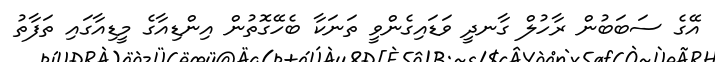
އޭގެ ސަބަބުން ރާހުލް ގާނދީ ވަޑައިގެންވީ ތަނަކާ ބެހޭގޮތުން އިންޑިއާގެ މީޑިއާގައި ތަފާތު